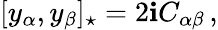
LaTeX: [y_{\alpha},y_{\beta}]_{\star}=2\mathbf{i}C_{\alpha\beta}\, ,